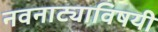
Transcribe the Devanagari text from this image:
नवनाट्याविषयी